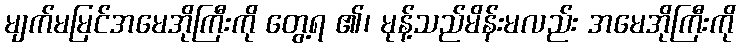
မျက်မမြင်အမေအိုကြီးကို တွေ့ရ ၏၊ မုန့်သည်မိန်းမလည်း အမေအိုကြီးကို